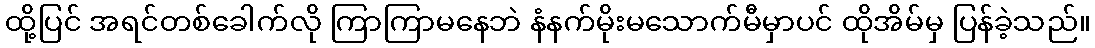
ထို့ပြင် အရင်တစ်ခေါက်လို ကြာကြာမနေဘဲ နံနက်မိုးမသောက်မီမှာပင် ထိုအိမ်မှ ပြန်ခဲ့သည်။